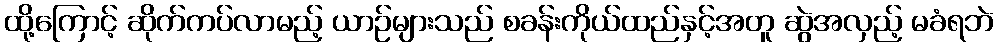
ထို့ကြောင့် ဆိုက်ကပ်လာမည့် ယာဉ်များသည် စခန်းကိုယ်ထည်နှင့်အတူ ဆွဲအလှည့် မခံရဘဲ